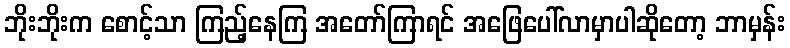
ဘိုးဘိုးက စောင့်သာ ကြည့်နေကြ အတော်ကြာရင် အဖြေပေါ်လာမှာပါဆိုတော့ ဘာမှန်း